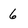
Character: 6